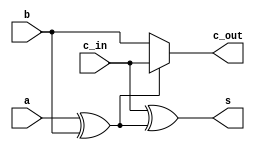
// Alessandra Fais, Orlando Leombruni
// RTT course - FPGA part
// MCSN - A.A. 2017/18

module full_adder (a,
				   b,
				   c_in,
				   s,
				   c_out
				   );

	// inputs
	input wire a;
	input wire b;
	input wire c_in;
	
	// outputs
	output wire s;
	output wire c_out;
	
	wire partial = a ^ b;
	
	assign s = c_in ^ partial;
	
	assign c_out = (partial) ? c_in : b;

endmodule

module adder_8bit_gen (a,
					   b,
				   	   c_in,
				   	   s,
				   	   c_out
				   	   );

	//inputs
	input [7:0] a;
	input [7:0]	b;
	input		c_in;
	
	//output
	output [7:0] s;
	output		 c_out;
	
	wire [7:0] carry;
	
	// ---------------------- design implementation ------------------------------

	assign carry[0] = c_in;
	genvar i;
	generate
		for (i = 0; i < 8; i = i + 1) begin : eightbit_adder
			if (i == 7) begin
				full_adder fa (
				.a(a[i]),
				.b(b[i]),
				.c_in(carry[i]),
				.s(s[i]),
				.c_out(c_out)
				);
			end
			else begin
				full_adder fa (
				.a(a[i]),
				.b(b[i]),
				.c_in(carry[i]),
				.s(s[i]),
				.c_out(carry[i + 1])
				);
			end
		end
	endgenerate
	
endmodule

module n_bit_multiplier_gen	(a,
						 	 b,
						 	 p
						 	 );
	
	// inputs
	input [7:0] a;
	input [7:0] b;
	
	// outputs
	output [15:0] p;
	
	wire [6:0] results1;
	wire [6:0] results2;
	wire [6:0] results3;
	wire [6:0] results4;
	wire [6:0] results5;
	wire [6:0] results6;
	
	wire [7:0] carry;
	
	// ---------------------- design implementation ------------------------------
	
	assign p[0] = a[0] & b[0];
	
	adder_8bit_gen row1(
		.a({1'b0, (a[7] & b[0]), (a[6] & b[0]), (a[5] & b[0]), 
			(a[4] & b[0]), (a[3] & b[0]), (a[2] & b[0]), (a[1] & b[0])}),
		.b({(a[7] & b[1]), (a[6] & b[1]), (a[5] & b[1]), (a[4] & b[1]),
			 (a[3] & b[1]), (a[2] & b[1]), (a[1] & b[1]), (a[0] & b[1])}),
		.c_in(1'b0),
		.s({results1, p[1]}),
		.c_out(carry[0]) );
	
	adder_8bit_gen row2(
		.a({carry[0], results1}),
		.b({(a[7] & b[2]), (a[6] & b[2]), (a[5] & b[2]), (a[4] & b[2]),
			 (a[3] & b[2]), (a[2] & b[2]), (a[1] & b[2]), (a[0] & b[2])}),
		.c_in(1'b0),
		.s({results2, p[2]}),
		.c_out(carry[1]) );
	
	adder_8bit_gen row3(
		.a({carry[1], results2}),
		.b({(a[7] & b[3]), (a[6] & b[3]), (a[5] & b[3]), (a[4] & b[3]),
			 (a[3] & b[3]), (a[2] & b[3]), (a[1] & b[3]), (a[0] & b[3])}),
		.c_in(1'b0),
		.s({results3, p[3]}),
		.c_out(carry[2]) );
	
	adder_8bit_gen row4(
		.a({carry[2], results3}),
		.b({(a[7] & b[4]), (a[6] & b[4]), (a[5] & b[4]), (a[4] & b[4]),
			 (a[3] & b[4]), (a[2] & b[4]), (a[1] & b[4]), (a[0] & b[4])}),
		.c_in(1'b0),
		.s({results4, p[4]}),
		.c_out(carry[3]) );
	
	adder_8bit_gen row5(
		.a({carry[3], results4}),
		.b({(a[7] & b[5]), (a[6] & b[5]), (a[5] & b[5]), (a[4] & b[5]),
			 (a[3] & b[5]), (a[2] & b[5]), (a[1] & b[5]), (a[0] & b[5])}),
		.c_in(1'b0),
		.s({results5, p[5]}),
		.c_out(carry[4]) );
		
	adder_8bit_gen row6(
		.a({carry[4], results5}),
		.b({(a[7] & b[6]), (a[6] & b[6]), (a[5] & b[6]), (a[4] & b[6]),
			 (a[3] & b[6]), (a[2] & b[6]), (a[1] & b[6]), (a[0] & b[6])}),
		.c_in(1'b0),
		.s({results6, p[6]}),
		.c_out(carry[5]) );
	
	adder_8bit_gen row7(
		.a({carry[5], results6}),
		.b({(a[7] & b[7]), (a[6] & b[7]), (a[5] & b[7]), (a[4] & b[7]),
			 (a[3] & b[7]), (a[2] & b[7]), (a[1] & b[7]), (a[0] & b[7])}),
		.c_in(1'b0),
		.s(p[14:7]),
		.c_out(p[15]) );

endmodule